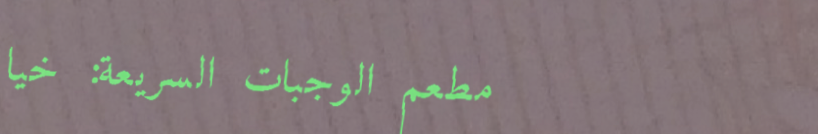
مطعم الوجبات السريعة: خيا